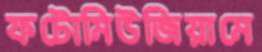
ফটোমিউজিয়ামে